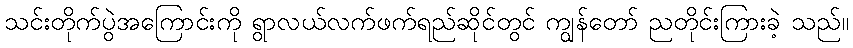
သင်းတိုက်ပွဲအကြောင်းကို ရွာလယ်လက်ဖက်ရည်ဆိုင်တွင် ကျွန်တော် ညတိုင်းကြားခဲ့ သည်။